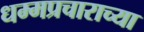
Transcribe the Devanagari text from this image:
धम्मप्रचाराच्या